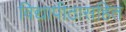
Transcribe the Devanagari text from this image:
विद्यापीठासहित